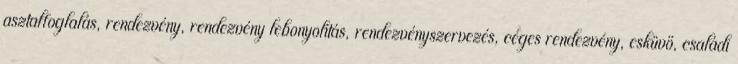
asztalfoglalás, rendezvény, rendezvény lebonyolítás, rendezvényszervezés, céges rendezvény, esküvő, családi